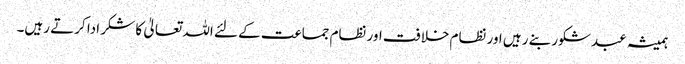
ہمیشہ عبد شکور بنے رہیں اور نظام خلافت اور نظام جماعت کے لئے اللہ تعالیٰ کا شکر ادا کرتے رہیں۔